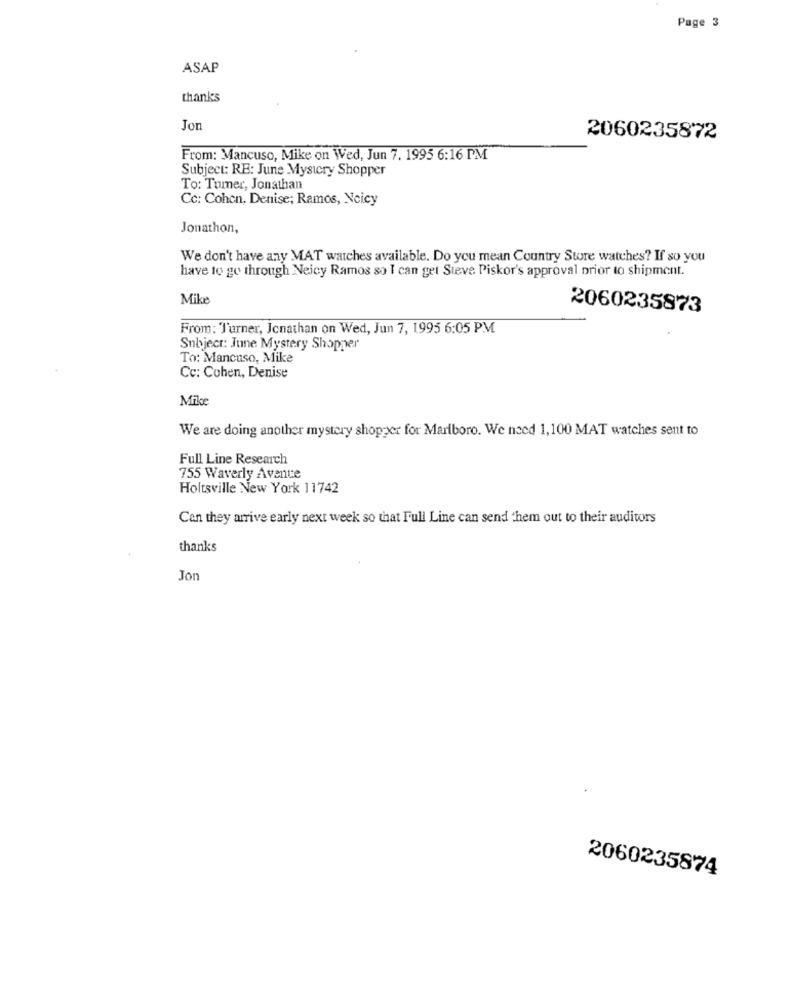
Page 3
ASAP
thanks
Jon
2060235872
From: Mancuso, Mike on Wed, Jun 7. 1995 6:16 PM
Subject: RE: June Mystery Shopper
To: Tumer, Jonathan
Cc: Cohen, Denise; Ramos, Ncicy
Jonathon,
We don't have any MAT watches available. Do you mean Country Store watches? If so you
have to go through Neicy Ramos so I can get Steve Piskor's approval prior to shipment.
Mike
2060235873
From: Turner, Jonathan on Wed, Jun 7, 1995 6:05 PM
Subject: June Mystery Shopper
To: Mancuso, Mike
Cc: Cohen, Denise
Mike
We are doing another mystery shopper for Marlboro. We need 1,100 MAT watches sent to
Full Line Research
755 Waverly Avenue
Holtsville New York 11742
Can they arrive early next week so that Full Line can send them out to their auditors
thanks
Jo
2060235874